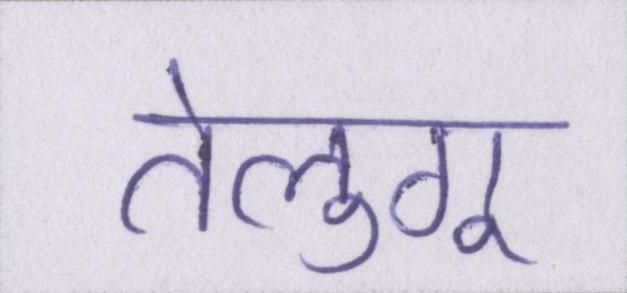
तेलुगू